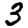
Digit: 3